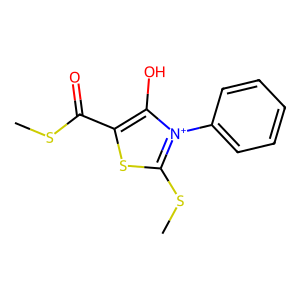
SMILES: CSC(=O)c1sc(SC)[n+](-c2ccccc2)c1O
Inhibits HIV replication: No